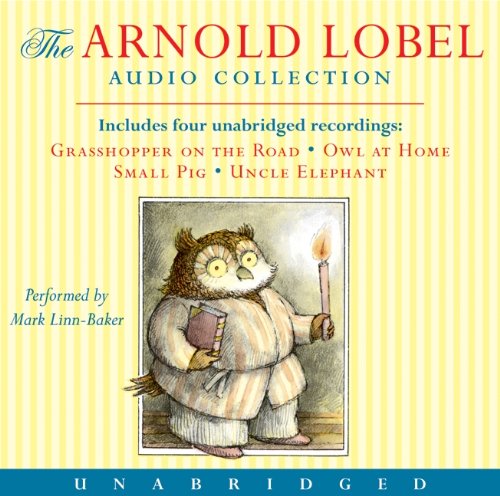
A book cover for Arnold Lobel Audio Collection CD; Arnold Lobel; Children's Books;